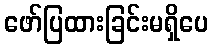
ဖော်ပြထားခြင်းမရှိပေ